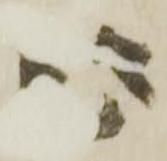
心